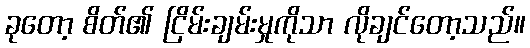
ခုတော့ စိတ်၏ ငြိမ်းချမ်းမှုကိုသာ လိုချင်တော့သည်။